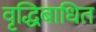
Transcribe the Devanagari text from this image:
वृद्धिबाधित